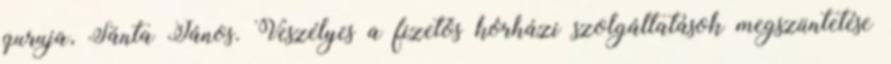
guruja, Sánta János. Veszélyes a fizetős kórházi szolgáltatások megszüntetése